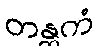
တန္တကံ